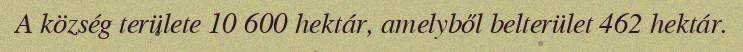
A község területe 10 600 hektár, amelyből belterület 462 hektár.